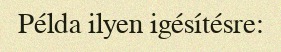
Példa ilyen igésítésre: